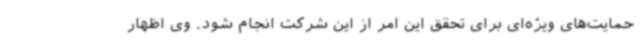
حمایت‌های ویژه‌ای برای تحقق این امر از این شرکت انجام شود. وی اظهار